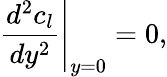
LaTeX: \left.{\frac{d^{2}c_{l}}{dy^{2}}}\right|_{y=0}=0,